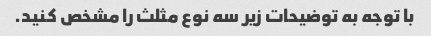
با توجه به توضیحات زیر سه نوع مثلث را مشخص کنید.